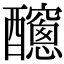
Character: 𨣼